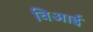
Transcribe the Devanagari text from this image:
विआई